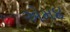
એમ૪